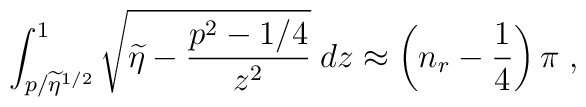
\int_{ p/\widetilde{\eta}^{1/2} }^{1} \sqrt{\widetilde{\eta} - \frac{p^{2}-1/4}{z^{2}}  }\; dz\approx\left(n_{r} -\frac{1}{4} \right) \pi\;  ,